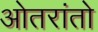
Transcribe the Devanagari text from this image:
ओतरांतो